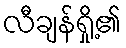
လီချန်ရှို့၏